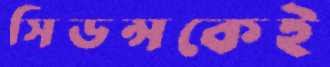
সিডন্সকেই